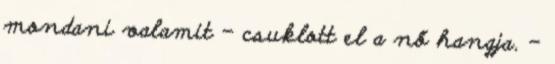
mondani valamit – csuklott el a nő hangja. –